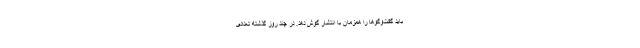
باید گفت‌وگوها را همزمان با انتشار گوش دهد. در چند روز گذشته تعدادی